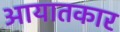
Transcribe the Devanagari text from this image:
आयातकार